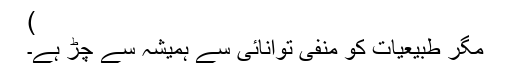
)
مگر طبیعیات کو منفی توانائی سے ہمیشہ سے چڑ ہے۔